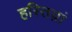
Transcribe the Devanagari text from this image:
हस्तिय़ां